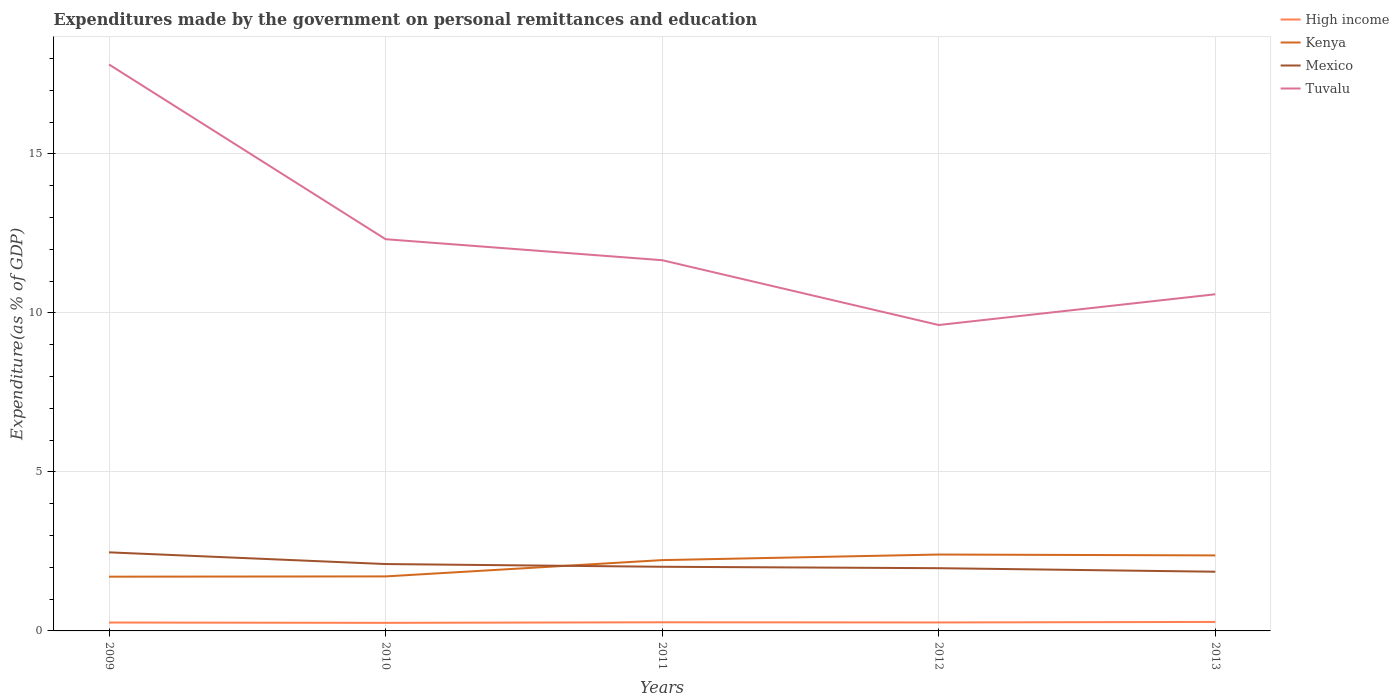
| Years | High income | Kenya | Mexico | Tuvalu |
 | --- | --- | --- | --- | --- |
 | 2009 | 0.264 | 1.71 | 2.47 | 17.8 |
 | 2010 | 0.254 | 1.71 | 2.1 | 12.3 |
 | 2011 | 0.272 | 2.23 | 2.02 | 11.7 |
 | 2012 | 0.266 | 2.4 | 1.97 | 9.62 |
 | 2013 | 0.283 | 2.37 | 1.86 | 10.6 |